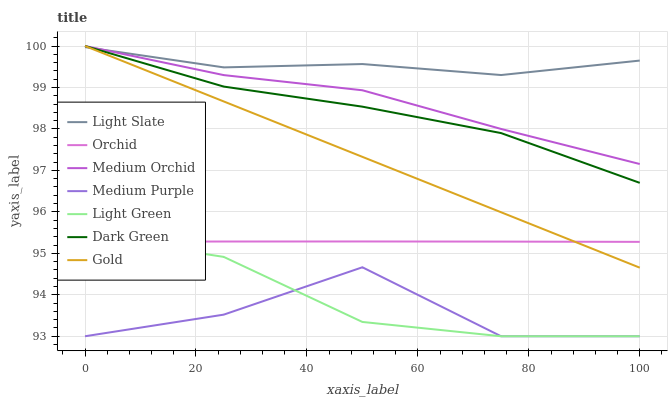
| xaxis_label | Light Slate | Orchid | Medium Orchid | Medium Purple | Light Green | Dark Green | Gold |
 | --- | --- | --- | --- | --- | --- | --- | --- |
 | 0 | 100 | 95.3 | 100 | 93 | 95.4 | 100 | 100 |
 | 25 | 99.5 | 95.3 | 99.3 | 93.5 | 94.9 | 99 | 98.7 |
 | 50 | 99.6 | 95.3 | 98.9 | 94.7 | 93.3 | 98.5 | 97.3 |
 | 75 | 99.3 | 95.3 | 98 | 93 | 93 | 97.9 | 96 |
 | 100 | 99.6 | 95.3 | 97.2 | 93 | 93 | 96.7 | 94.7 |